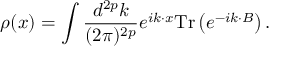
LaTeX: \rho ( x ) = \int \frac { d ^ { 2 p } k } { ( 2 \pi ) ^ { 2 p } } e ^ { i k \cdot x } \mathrm { T r } \left( e ^ { - i k \cdot B } \right) .